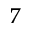
^ 7